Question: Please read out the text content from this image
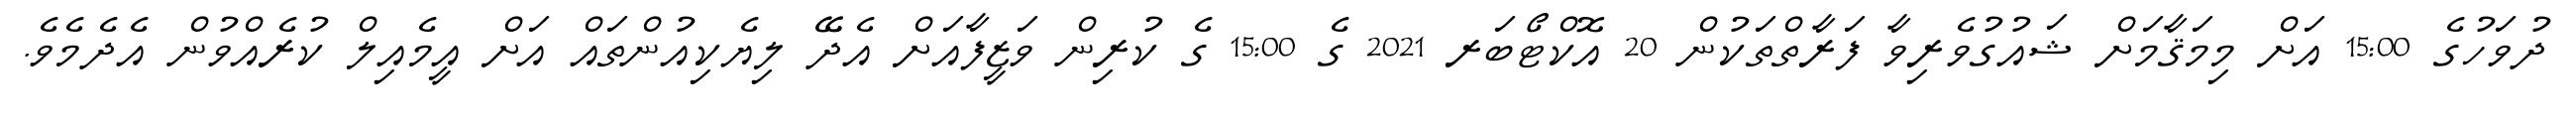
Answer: ދުވަހުގެ 15:00 އަށް މިމަޤާމަށް ޝައުގުވެރިވާ ފަރާތްތަކުން 20 އޮކްޓޯބަރ 2021 ގެ 15:00 ގެ ކުރިން ވަޒީފާއަށް އެދޭ ލިޔެކިއުންތައް އަށް އީމެއިލް ކުރެއްވުން އެދެމެވެ.